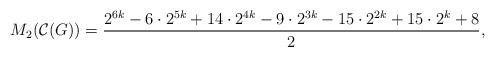
LaTeX: \begin{align*}M_{2}(\mathcal{C}(G))=\dfrac{2^{6k}-6\cdot2^{5k}+14\cdot2^{4k}-9\cdot2^{3k}-15\cdot2^{2k}+15\cdot2^{k}+8}{2},\end{align*}